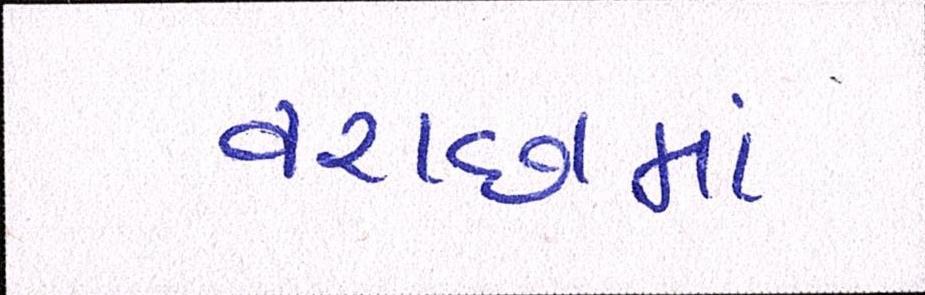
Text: વરાછામાં